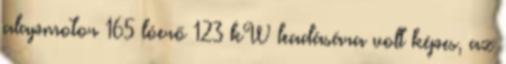
alapmotor 165 lóerő 123 kW leadására volt képes, az